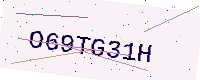
Text: O69TG31H